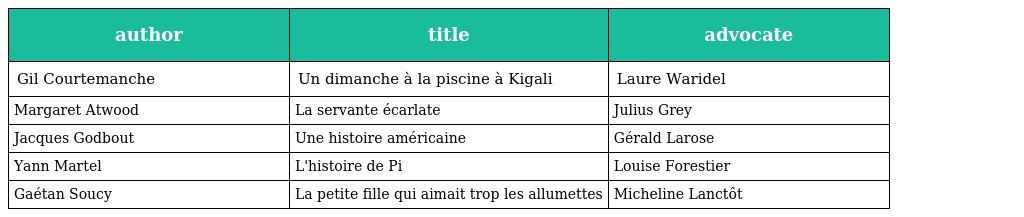
| author | title | advocate |
 | --- | --- | --- |
 | Gil Courtemanche | Un dimanche à la piscine à Kigali | Laure Waridel |
 | Margaret Atwood | La servante écarlate | Julius Grey |
 | Jacques Godbout | Une histoire américaine | Gérald Larose |
 | Yann Martel | L'histoire de Pi | Louise Forestier |
 | Gaétan Soucy | La petite fille qui aimait trop les allumettes | Micheline Lanctôt |